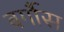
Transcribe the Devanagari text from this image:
बर्गौस